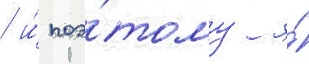
/ и́ поэ́тому я́